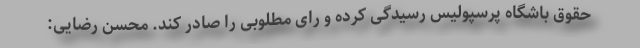
حقوق باشگاه پرسپولیس رسیدگی کرده و رای مطلوبی را صادر کند. محسن رضایی: